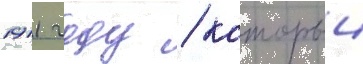
1911 году / которыи